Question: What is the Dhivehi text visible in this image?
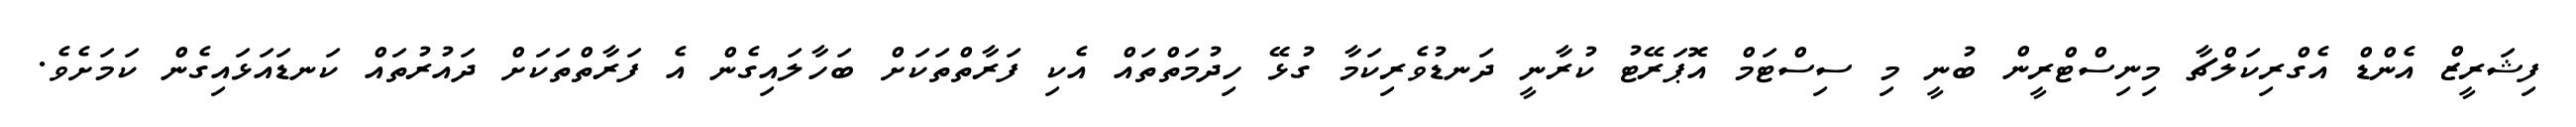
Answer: ފިޝަރީޒް އެންޑް އެގްރިކަލްޗާ މިނިސްޓްރީން ބުނީ މި ސިސްޓަމް އޮޕަރޭޓު ކުރާނީ ދަނޑުވެރިކަމާ ގުޅޭ ހިދުމަތްތައް އެކި ފަރާތްތަކަށް ބަހާލައިގެން އެ ފަރާތްތަކަށް ދައުރުތައް ކަނޑައަޅައިގެން ކަމަށެވެ.